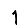
Digit: 1